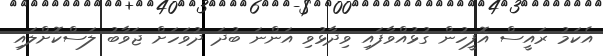
އެކަމު ރައީސް އޮފީހުން ގުޅުއްވާފައި ވިދާޅުވި އަންނަ ބުދަ ދުވަހަށް ޖަވާބު ލަސްކޮށްލައި